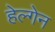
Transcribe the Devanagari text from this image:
हेल्गेन